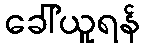
ခေါ်ယူရန်